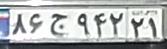
۸۶ج۹۴۲۲۱